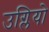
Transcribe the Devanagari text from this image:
उग्लियो